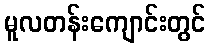
မူလတန်းကျောင်းတွင်